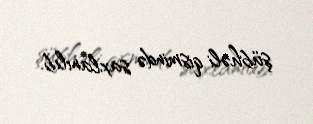
şübhəli qismində saxlanılıb.